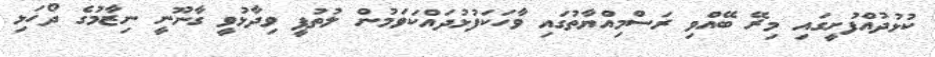
ކުޅުދުއްފުށީގައި މިރޭ ބޭއްވި ރަސްމިއްޔާތުގައި ވާހަކަފުޅުދައްކަވަމުން ލުތުފީ ވިދާޅުވީ ގާނޫނީ ނިޒާމުގެ ދޯހަޅި